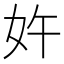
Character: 𱙈